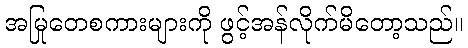
အမြုတေစကားများကို ဖွင့်အန်လိုက်မိတော့သည်။